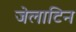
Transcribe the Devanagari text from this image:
जेलाटिन